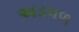
અડગળ